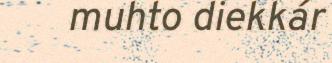
muhto diekkár